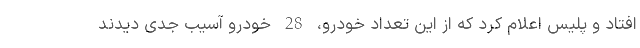
افتاد و پلیس اعلام کرد که از این تعداد خودرو، 28 خودرو آسیب جدی دیدند